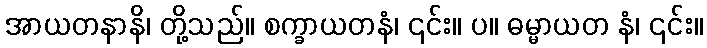
အာယတနာနိ၊ တို့သည်။ စက္ခာယတနံ၊ ၎င်း။ ပ။ ဓမ္မာယတ နံ၊ ၎င်း။